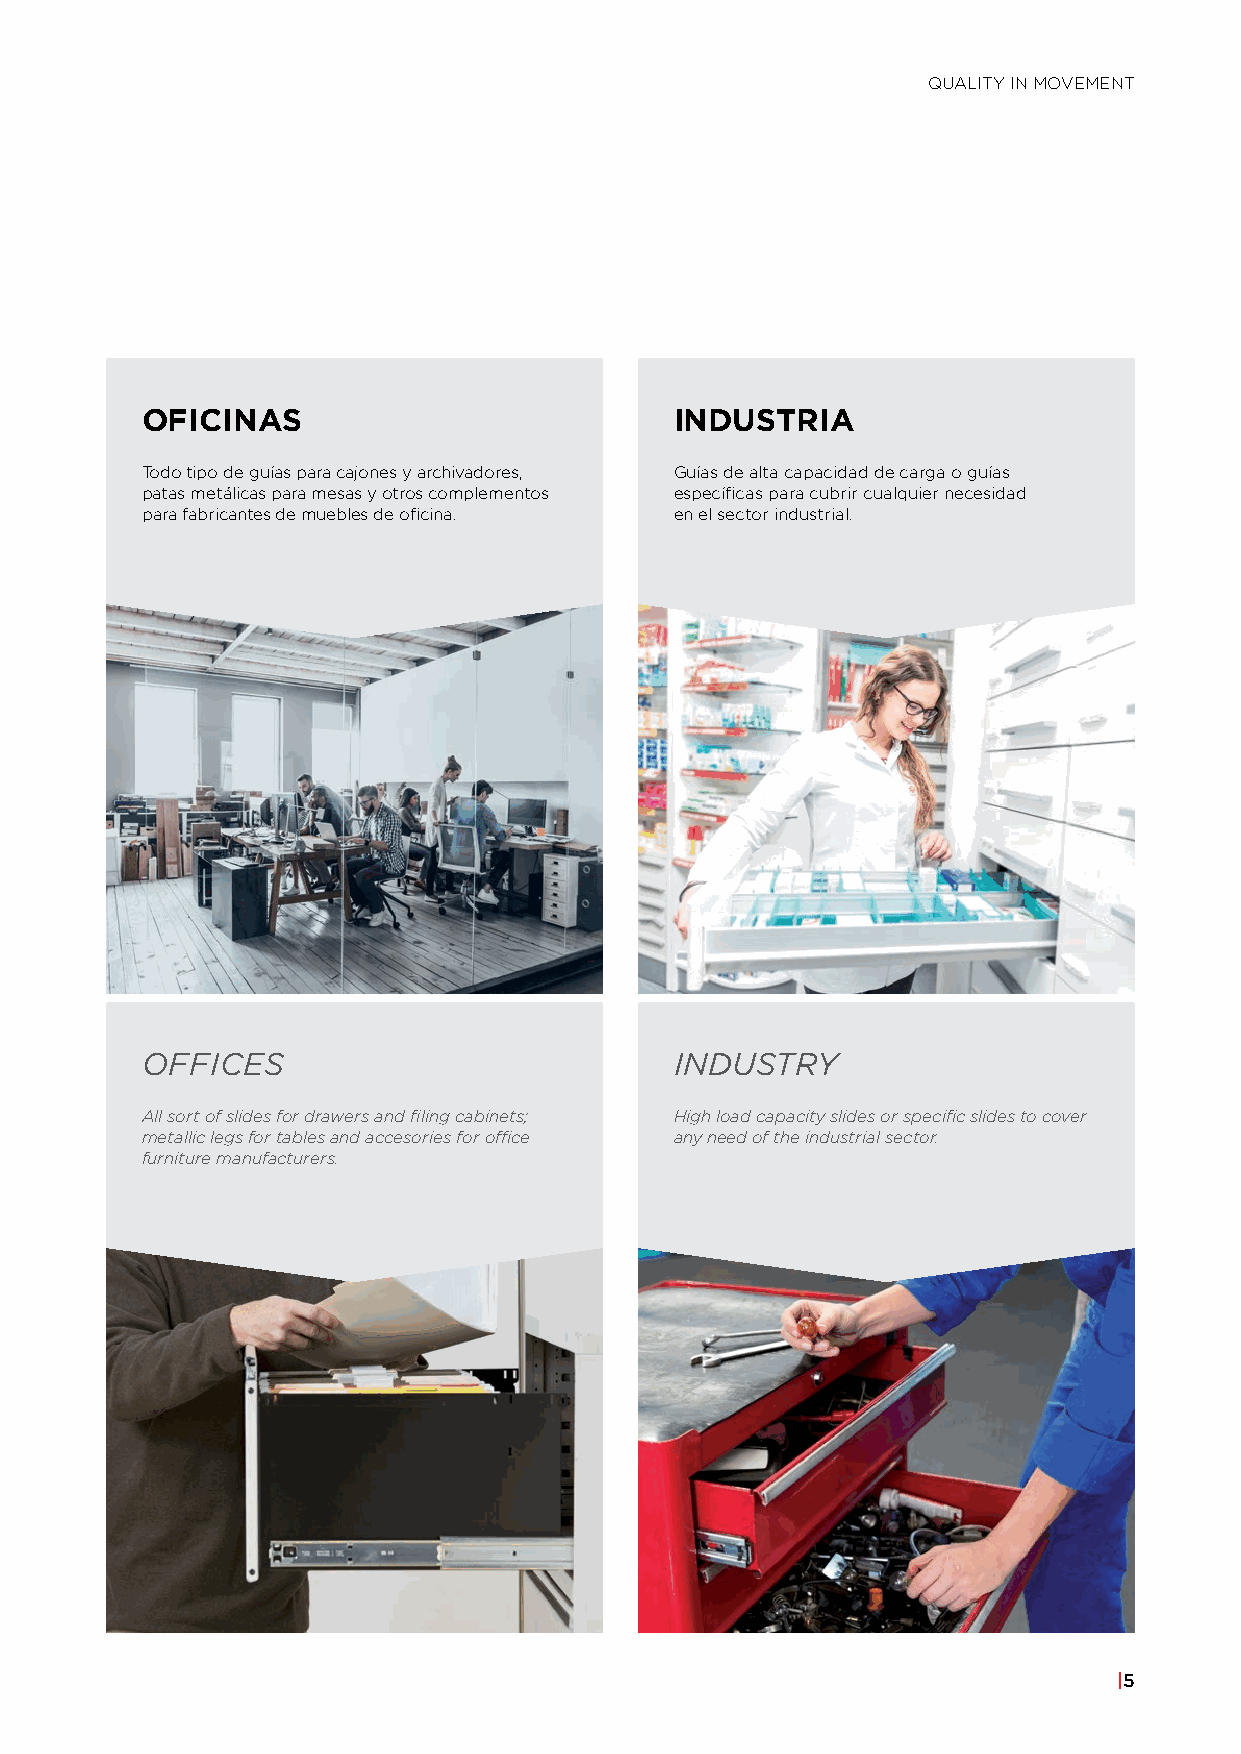
QUALITY IN MOVEMENT
 OFICINAS                            INDUSTRIA
 Todo tipo de guías para cajones y archivadores, Guías de alta capacidad de carga o guías
 patas metálicas para mesas y otros complementos específicas para cubrir cualquier necesidad
 para fabricantes de muebles de oficina. en el sector industrial.
 OFFICES                             INDUSTRY
 All sort of slides for drawers and filing cabinets; High load capacity slides or specific slides to cover
 metallic legs for tables and accesories for office any need of the industrial sector.
 furniture manufacturers.
 |5